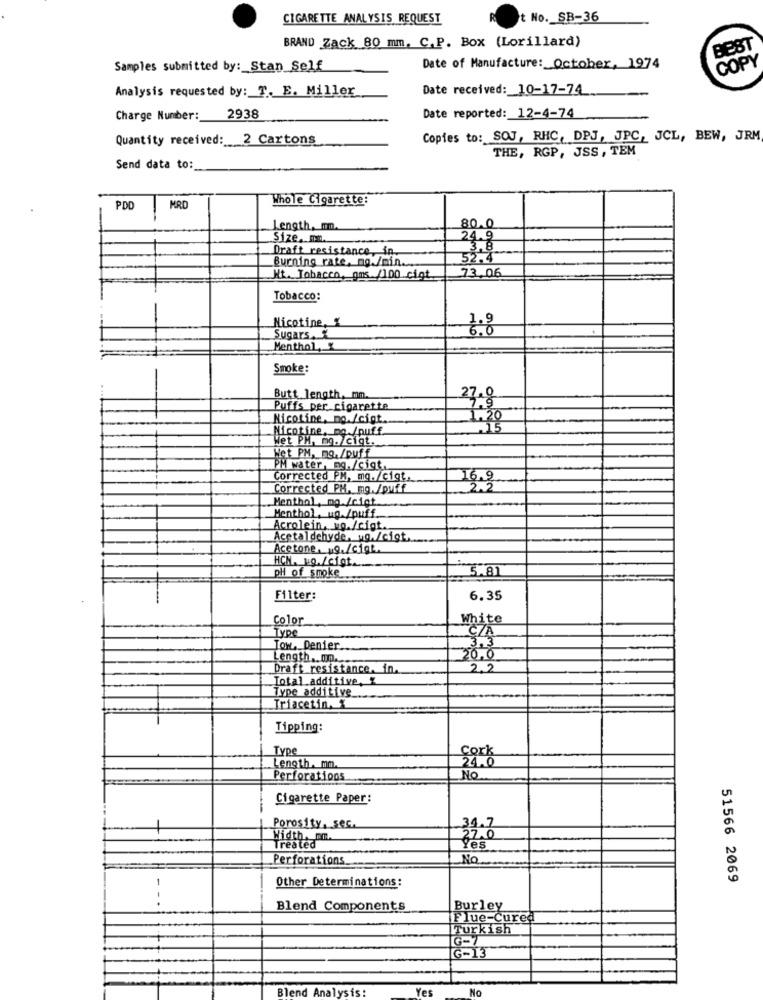
CIGARETTE ANALYSIS REQUEST
t No. SB-36
BRAND Zack 80 mm. C.P. Box (Lorillard)
BEST
Samples submitted by: Stan_Self
Date of Manufacture: October, 1974
Analysis requested by: T. E. Miller
Date received: 10-17-74
Charge Number: 2938
Date reported: 12-4-74
Quantity received: 2 Cartons
Copies to: SOJ, RHC, DPJ, JPC, JCL, BEW, JRM
THE, RGP, JSS, TEM
Send data to:
Whole Cigarette:
PDD
MRD
Length, mm.
80.0
Size. m.
24.9
Draft resistance, in
Burning rate, no./min.
52.4
Nt. Tobacco, ans /100 cigt
73.06
Tobacco:
Nicotine, %
6.0
Sugars.
Menthol, X
Smoke:
Butt length, mm.
Puffs per cigarette
Nicotine, mo./cigt.
1:20
Nicotine, no /puff.
Wet PM, mg./cigt.
Het PM, mg. /puff
PM water, mg./cigt.
Corrected PM, mq./cigt.
16.9
Corrected PH. mg. /pufff
2.2
Menthol, mg /ciot
Menthol, ug. /puff.
Acrolein, ug./cigt.
Acetaldehyde. ug./cigt ....
Acetone, 19./Gigt.
HCN. No./cist.
pHi of smoke
Filter:
6.35
Color
White
Type
CZA
ON, Denier.
3.3
Length .. mn ..
20.0
Draft resistance. in.
22
Total additive, "
Type additive
Triacetin, X
Tipping:
Type
Cork
24.0
Length. mm.
Perforations
No.
Cigarette Paper:
Porosity, sec.
34.7
Width. mm.
22.0
Treated
Yes
Perforations
No.
Other Determinations:
51566 2069
Blend Components
Burley
Flue-Cured
Turkish
G-7
Ğ-13
Blend Analysis:
Yes
No